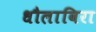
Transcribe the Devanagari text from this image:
धौलाविरा